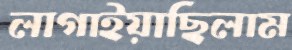
লাগাইয়াছিলাম